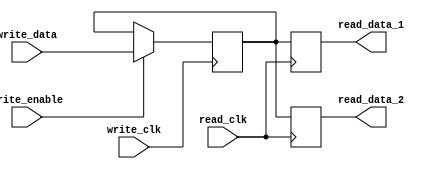
module DualPortRegister (
  input wire write_clk,
  input wire read_clk,
  input wire [7:0] write_data,
  input wire write_enable,
  output reg [7:0] read_data_1,
  output reg [7:0] read_data_2
);

reg [7:0] reg_data;

always @(posedge write_clk) begin
  if (write_enable) begin
    reg_data <= write_data;
  end
end

always @(posedge read_clk) begin
  read_data_1 <= reg_data;
  read_data_2 <= reg_data;
end

endmodule